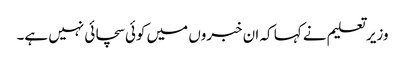
وزیر تعلیم نے کہا کہ ان خبروں میں کوئی سچائی نہیں ہے۔